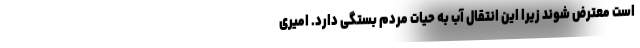
است معترض شوند زیرا این انتقال آب به حیات مردم بستگی دارد. امیری